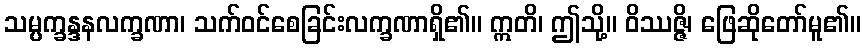
သမ္ပက္ခန္ဒနလက္ခဏာ၊ သက်ဝင်စေခြင်းလက္ခဏာရှိ၏။ ဣတိ၊ ဤသို့။ ဝိဿဇ္ဇိ၊ ဖြေဆိုတော်မူ၏။